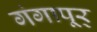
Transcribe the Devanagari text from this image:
गंगापूर्